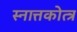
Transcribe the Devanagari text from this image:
स्नात्तकोत्त्र